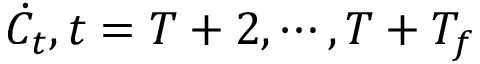
\dot { C } _ { t } , t = T + 2 , \cdots , T + T _ { f }